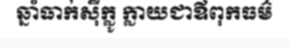
ឆ្នាំធាក់ស៊ីក្លូ ក្លាយជាឪពុកធម៌